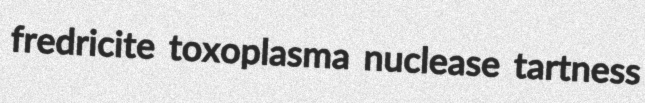
fredricite toxoplasma nuclease tartness